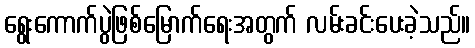
ရွေးကောက်ပွဲဖြစ်မြောက်ရေးအတွက် လမ်းခင်းပေးခဲ့သည်။